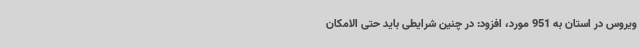
ویروس در استان به 951 مورد، افزود: در چنین شرایطی باید حتی الامکان